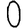
Digit: 0